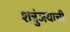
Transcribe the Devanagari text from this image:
शत्रुंजयाची